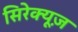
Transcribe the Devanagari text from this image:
सिरेक्यूज़